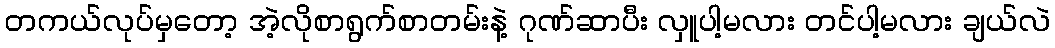
တကယ်လုပ်မှတော့ အဲ့လိုစာရွက်စာတမ်းနဲ့ ဂုဏ်ဆာပီး လှူပါ့မလား တင်ပါ့မလား ချယ်လဲ